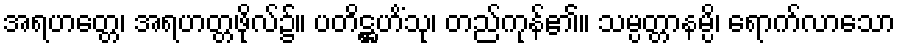
အရဟတ္တေ၊ အရဟတ္တဖိုလ်၌။ ပတိဋ္ဌဟိံသု၊ တည်ကုန်၏။ သမ္ပတ္တာနမ္ပိ၊ ရောက်လာသော